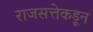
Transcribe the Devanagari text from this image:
राजसत्तेकडून